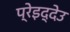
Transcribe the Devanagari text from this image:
प्रेइद्देउ